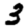
Digit: 3